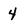
Character: 4